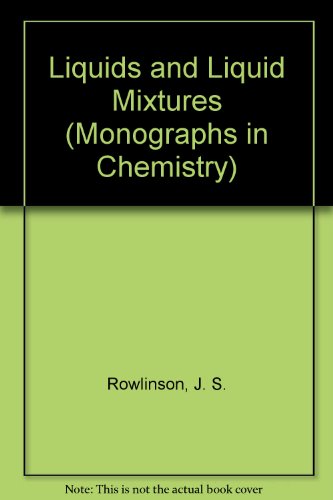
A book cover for Liquids and Liquid Mixtures (Monographs in Chemistry); J. S. Rowlinson; Science & Math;